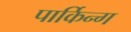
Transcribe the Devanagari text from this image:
पार्किन्ग